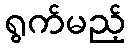
ရွက်မည့်